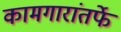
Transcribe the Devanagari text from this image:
कामगारांतर्फे